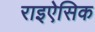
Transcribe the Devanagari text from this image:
राइऐसिक